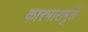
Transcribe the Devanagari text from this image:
कारभारामुळें